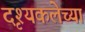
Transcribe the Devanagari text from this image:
दृश्यकलेच्या